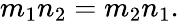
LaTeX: m_{1}n_{2}=m_{2}n_{1}.